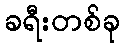
ခရီးတစ်ခု